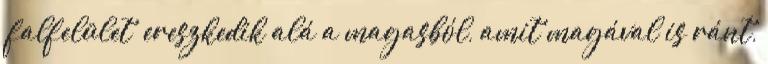
„falfelület” ereszkedik alá a magasból, amit magával is ránt,